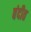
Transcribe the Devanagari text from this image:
बंदीत